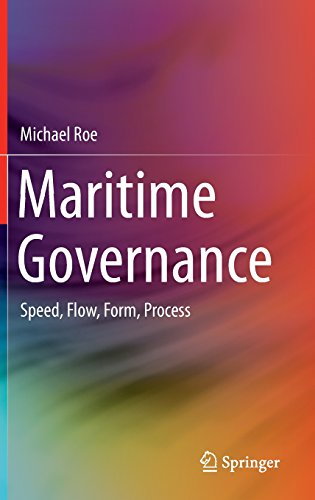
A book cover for Maritime Governance: Speed, Flow, Form Process; Michael Roe; Law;